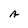
Character: A